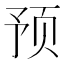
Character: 预